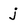
Character: j